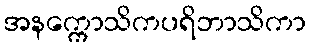
အနက္ကောသိကပရိဘာသိကာ